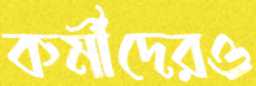
কর্মীদেরও